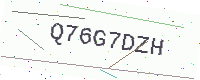
Text: Q76G7DZH